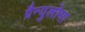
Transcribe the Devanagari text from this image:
ग्रैन्युलोमा